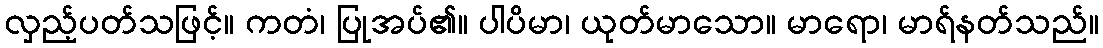
လှည့်ပတ်သဖြင့်။ ကတံ၊ ပြုအပ်၏။ ပါပိမာ၊ ယုတ်မာသော။ မာရော၊ မာရ်နတ်သည်။